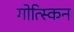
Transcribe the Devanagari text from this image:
गोत्स्किन